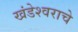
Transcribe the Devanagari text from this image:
खंडेश्वराचे